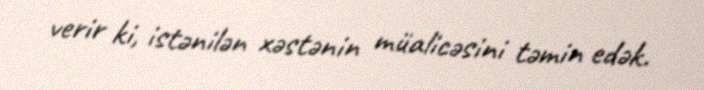
verir ki, istənilən xəstənin müalicəsini təmin edək.